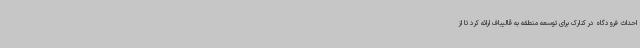
احداث فرودگاه در کنارک برای توسعه منطقه به قالیباف ارائه کرد تا از